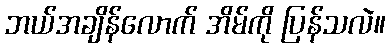
ဘယ်အချိန်လောက် အိမ်ကို ပြန်သလဲ။